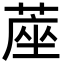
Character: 蓙